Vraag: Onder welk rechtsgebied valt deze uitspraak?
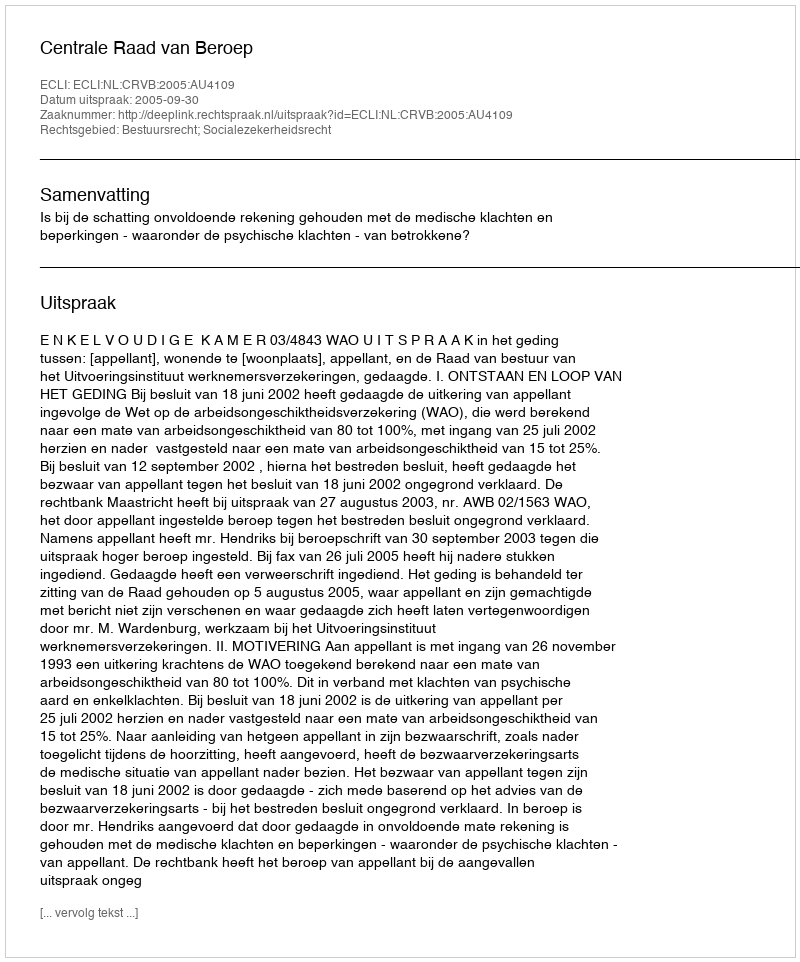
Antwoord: Bestuursrecht; Socialezekerheidsrecht